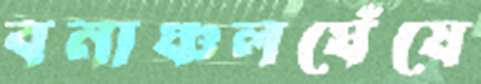
বনাঞ্চলঘেঁষে